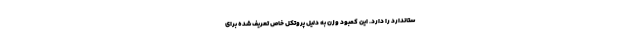
ستاندارد را دارد. این کمبود وزن به دلیل پروتکل خاص تعریف شده برای